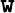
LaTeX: \mathtt{w}